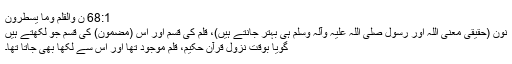
68:1 ن وَالْقَلَمِ وَمَا يَسْطُرُونَ
نون (حقیقی معنی اللہ اور رسول صلی اللہ علیہ وآلہ وسلم ہی بہتر جانتے ہیں)، قلم کی قَسم اور اُس (مضمون) کی قَسم جو لکھتے ہیں
گویا بوقت نزول قرآن حکیم، قلم موجود تھا اور اس سے لکھا بھی جاتا تھا۔